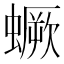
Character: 蟩